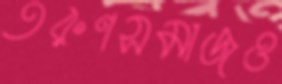
তরুণসমাজও